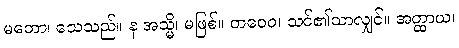
မတော၊ သေသည်။ န အသ္မိ၊ မဖြစ်။ တဝေဝ၊ သင်၏သာလျှင်။ အတ္ထာယ၊